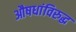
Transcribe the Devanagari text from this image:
औषधांविरुद्ध